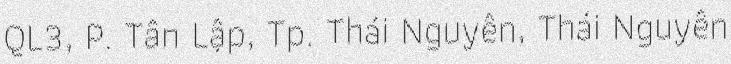
QL3, P. Tân Lập, Tp. Thái Nguyên, Thái Nguyên